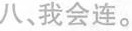
八、我会连。